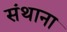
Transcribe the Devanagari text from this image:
संथाना